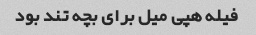
فیله هپی میل برای بچه تند بود